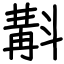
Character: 斠